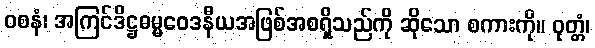
ဝစနံ၊ အကြင်ဒိဋ္ဌဓမ္မဝေဒနီယအဖြစ်အစရှိသည်ကို ဆိုသော စကားကို။ ဝုတ္တံ၊